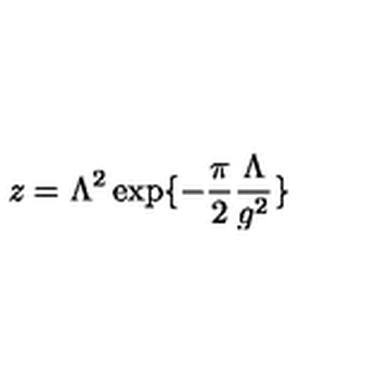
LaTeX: z = \Lambda ^ { 2 } \exp \{ - \frac { \pi } { 2 } \frac { \Lambda } { g ^ { 2 } } \}